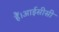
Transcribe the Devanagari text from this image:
हैं।आईसीसी